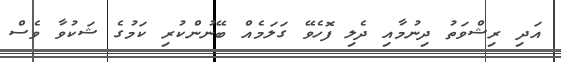
އަދި ރިޝްވަތު ދިނުމާއި ދެލި ފޮހެވޭ ގަލަމެއް ބޭނުންކުރި ކަމުގެ ޝަކުވާ ވެސް